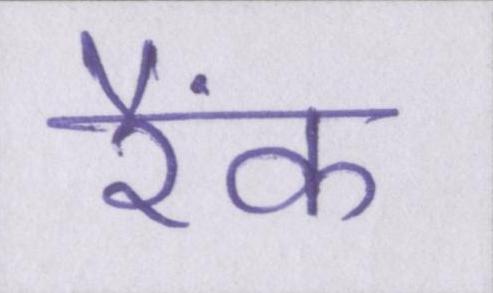
रैंक